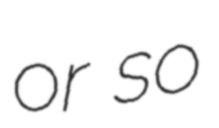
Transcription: or so